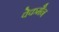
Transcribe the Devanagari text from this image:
वेकमैन